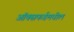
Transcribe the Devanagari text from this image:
ऑक्‍सफर्डमधील